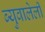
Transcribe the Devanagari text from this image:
ब्युवालेली